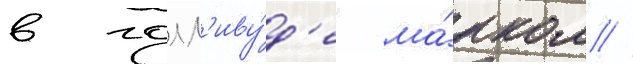
в голл'иву́д'е ма́рком //